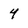
Character: 4